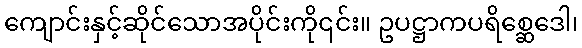
ကျောင်းနှင့်ဆိုင်သောအပိုင်းကို၎င်း။ ဥပဋ္ဌာကပရိစ္ဆေဒေါ၊